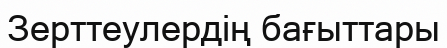
Зерттеулердің бағыттары